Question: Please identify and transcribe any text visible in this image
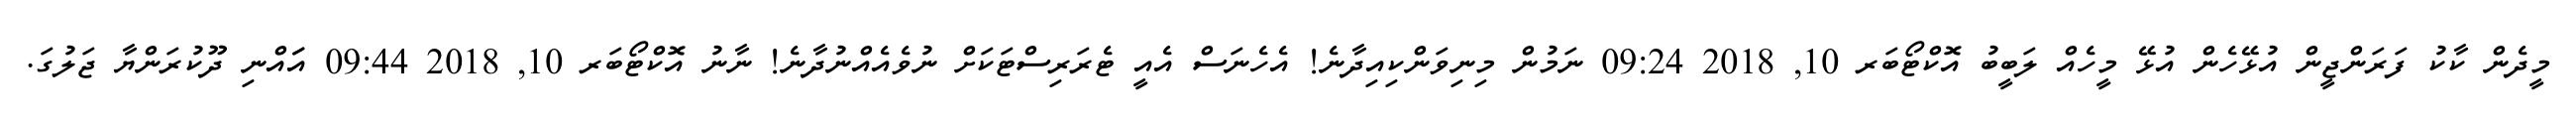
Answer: މީދެން ކާކު ފަރަންޖީން އުޅޭހެން އުޅޭ މީހެއް ލަބީބު އޮކްޓޯބަރ 10, 2018 09:24 ނަމުން މިނިވަންކިއިދާނެ! އެހެނަސް އެއީ ޓެރަރިސްޓަކަށް ނުވެއެއްނުދާނެ! ނާނު އޮކްޓޯބަރ 10, 2018 09:44 އަައްނި ދޫކުރަންޔާ ޖަލުގަ.